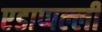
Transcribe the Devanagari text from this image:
एडाप्पल्ली